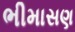
ભીમાસણ